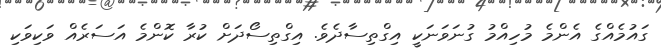
ގައުމެއްގެ އެންމެ މުހިއްމު ގުނަވަނަކީ އިގްތިސާދެވެ. އިގްތިސޯދަށް ކުރާ ކޮންމެ އަސަރެއް ވަކިވަކި